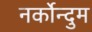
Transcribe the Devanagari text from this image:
नर्कोन्दुम